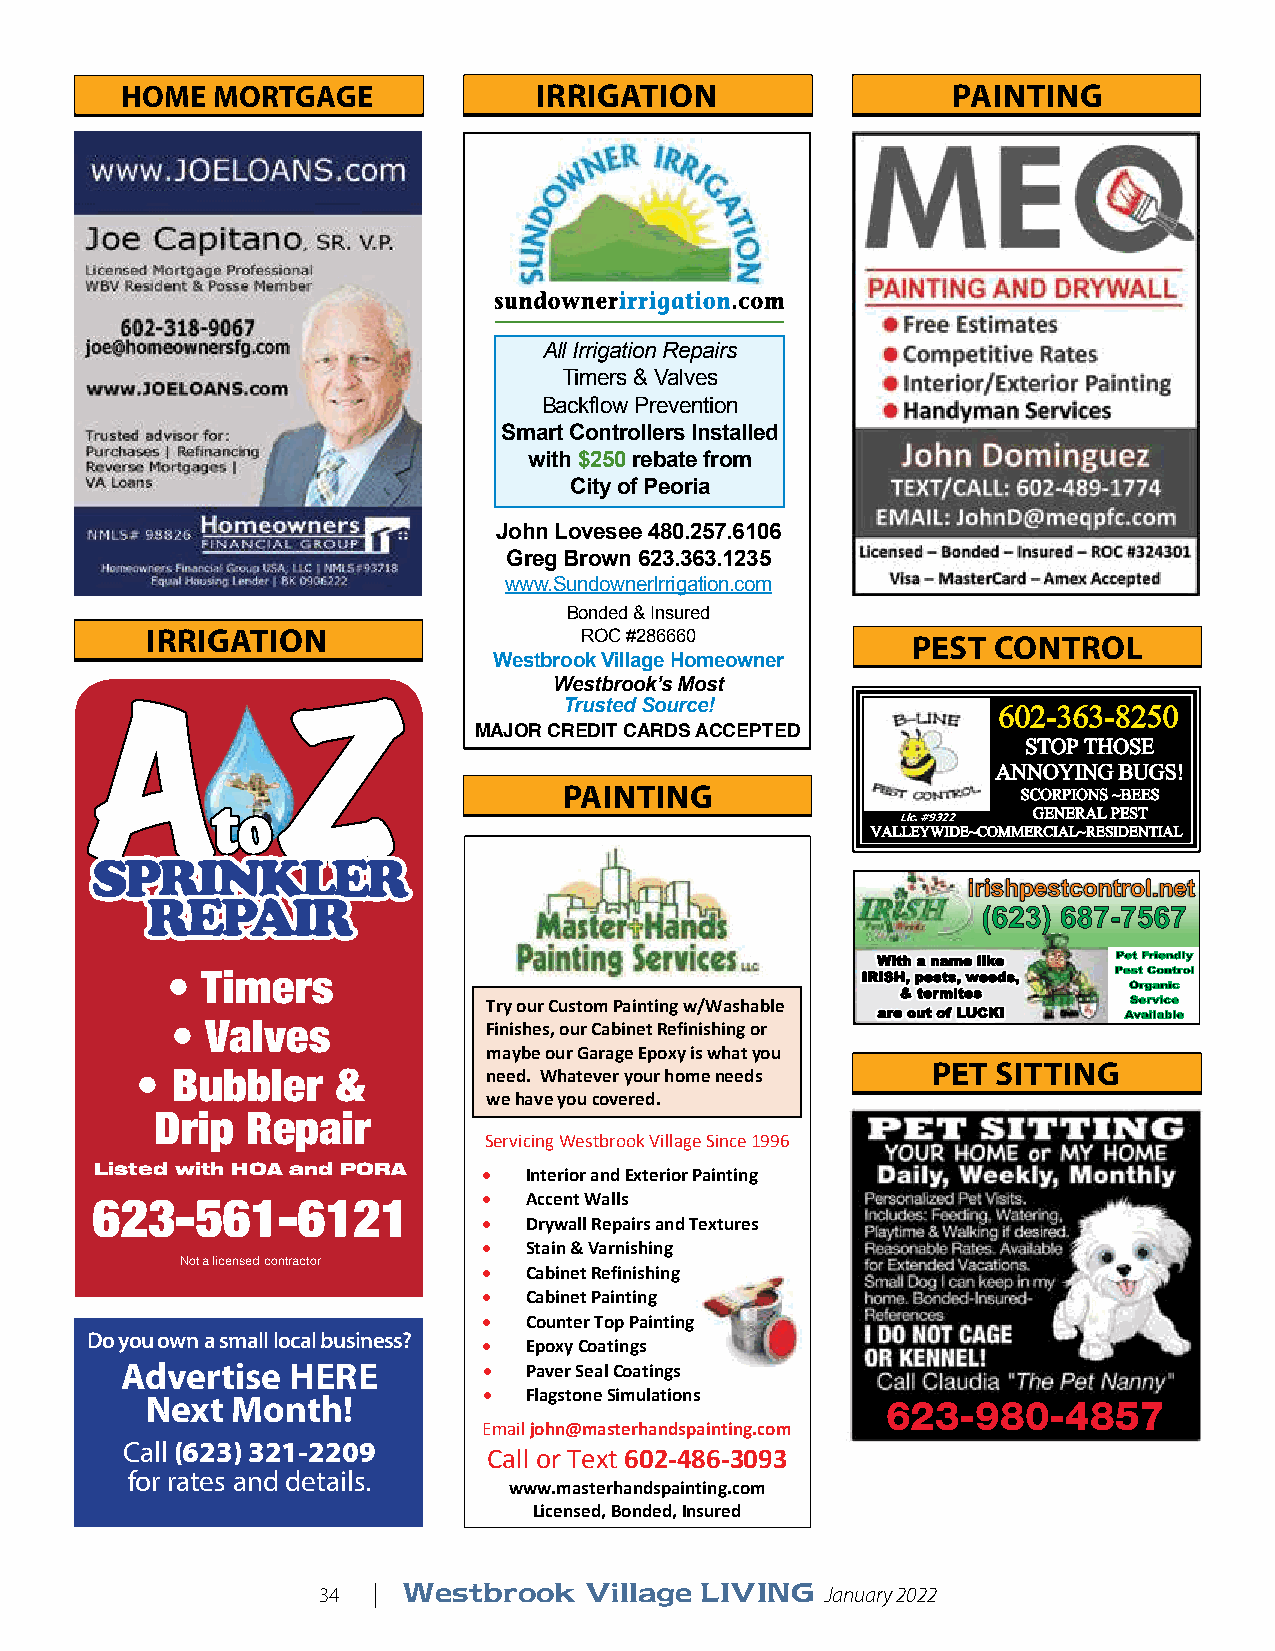
IRRIGATION
 HOME  MORTGAGE             IRRIGATION                  PAINTING
 All Irrigation Repairs
 Timers & Valves
 Backflow Prevention
 Smart Controllers Installed
 with $250 rebate from
 City of Peoria
 John Lovesee 480.257.6106
 Greg Brown 623.363.1235
 www.SundownerIrrigation.com
 Bonded & Insured
 IRRIGATION                  ROC #286660           PEST  CONTROL
 Westbrook Village Homeowner
 Westbrook’s Most
 AA           ZZ                Trusted Source!              660022--336633--88225500
 MAJOR CREDIT CARDS ACCEPTED
 SSTTOOPP TTHHOOSSEE
 AANNNNOOYYIINNGG BBUUGGSS!!
 PAINTING                       SSCCOORRPPIIOONNSS ~~BBEEEESS
 ttoo                                                  GGEENNEERRAALL PPEESSTT
 Lic. #9322
 VVAALLLLEEYYWWIIDDEE~~CCOOMMMMEERRCCIIAALL~~RREESSIIDDEENNTTIIAALL
 SSPPRRIINNKKLLEERR
 iirriisshhppeessttccoonnttrrooll..nneett
 RREEPPAAIIRR
 ((662233)) 668877--77556677
 WWiitthh aa nnaammee lliikkee PPeett FFrriieennddllyy
 • Timers                                      IIRRIISSHH,, ppeessttss,, wweeeeddss,, PPeesstt CCoonnttrrooll
 && tteerrmmiitteess
 OOrrggaanniicc
 Try our Custom Painting w/Washable         SSeerrvviiccee
 aarree oouutt ooff LLUUCCKK!! AAvvaaiillaabbllee
 •  Valves            Finishes, our Cabinet Refinishing or
 maybe our Garage Epoxy is what you
 PET SITTING
 • Bubbler    &         need. Whatever your home needs
 we have you covered.
 Drip  Repair
 Servicing Westbrook Village Since 1996
 Listed with HOA and PORA    Interior and Exte rior Painting
 623-561-6121                Accent Walls
   Drywall Repairs and Textures
   Stain & Varnishing
 Not a licensed contractor  Cabinet Refinishing
   Cabinet Painting
   Counter Top Painting
 Do you own a small local business?  Epoxy Coatings
 Advertise  HERE           Paver Seal Coatings
 Next Month!             Flagstone Simulations   623-980-4857
 Email john@masterhandspainting.com
 Call (623) 321-2209
 Call or Text 602‐486‐3093
 for rates and details.
 www.masterhandspainting.com
 Licensed, Bonded, Insured
 34  | Westbrook   Village LIVING  January 2022